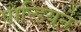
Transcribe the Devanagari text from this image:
पान्डियन